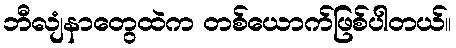
ဘီလျံနာတွေထဲက တစ်ယောက်ဖြစ်ပါတယ်။